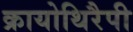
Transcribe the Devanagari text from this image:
क्रायोथिरैपी